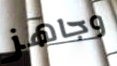
وجاهز